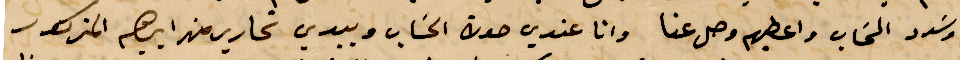
وسدد الحساب واعطيهم وصل عنا وانا عندي حدت الحساب وبيدي تحارير من ابرهيم المذكور